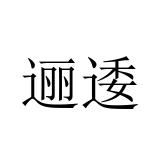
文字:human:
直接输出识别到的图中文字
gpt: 逦逶